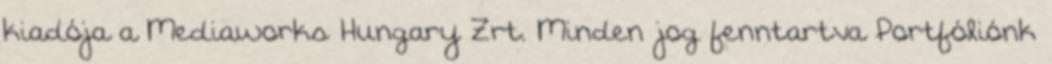
kiadója a Mediaworks Hungary Zrt. Minden jog fenntartva Portfóliónk